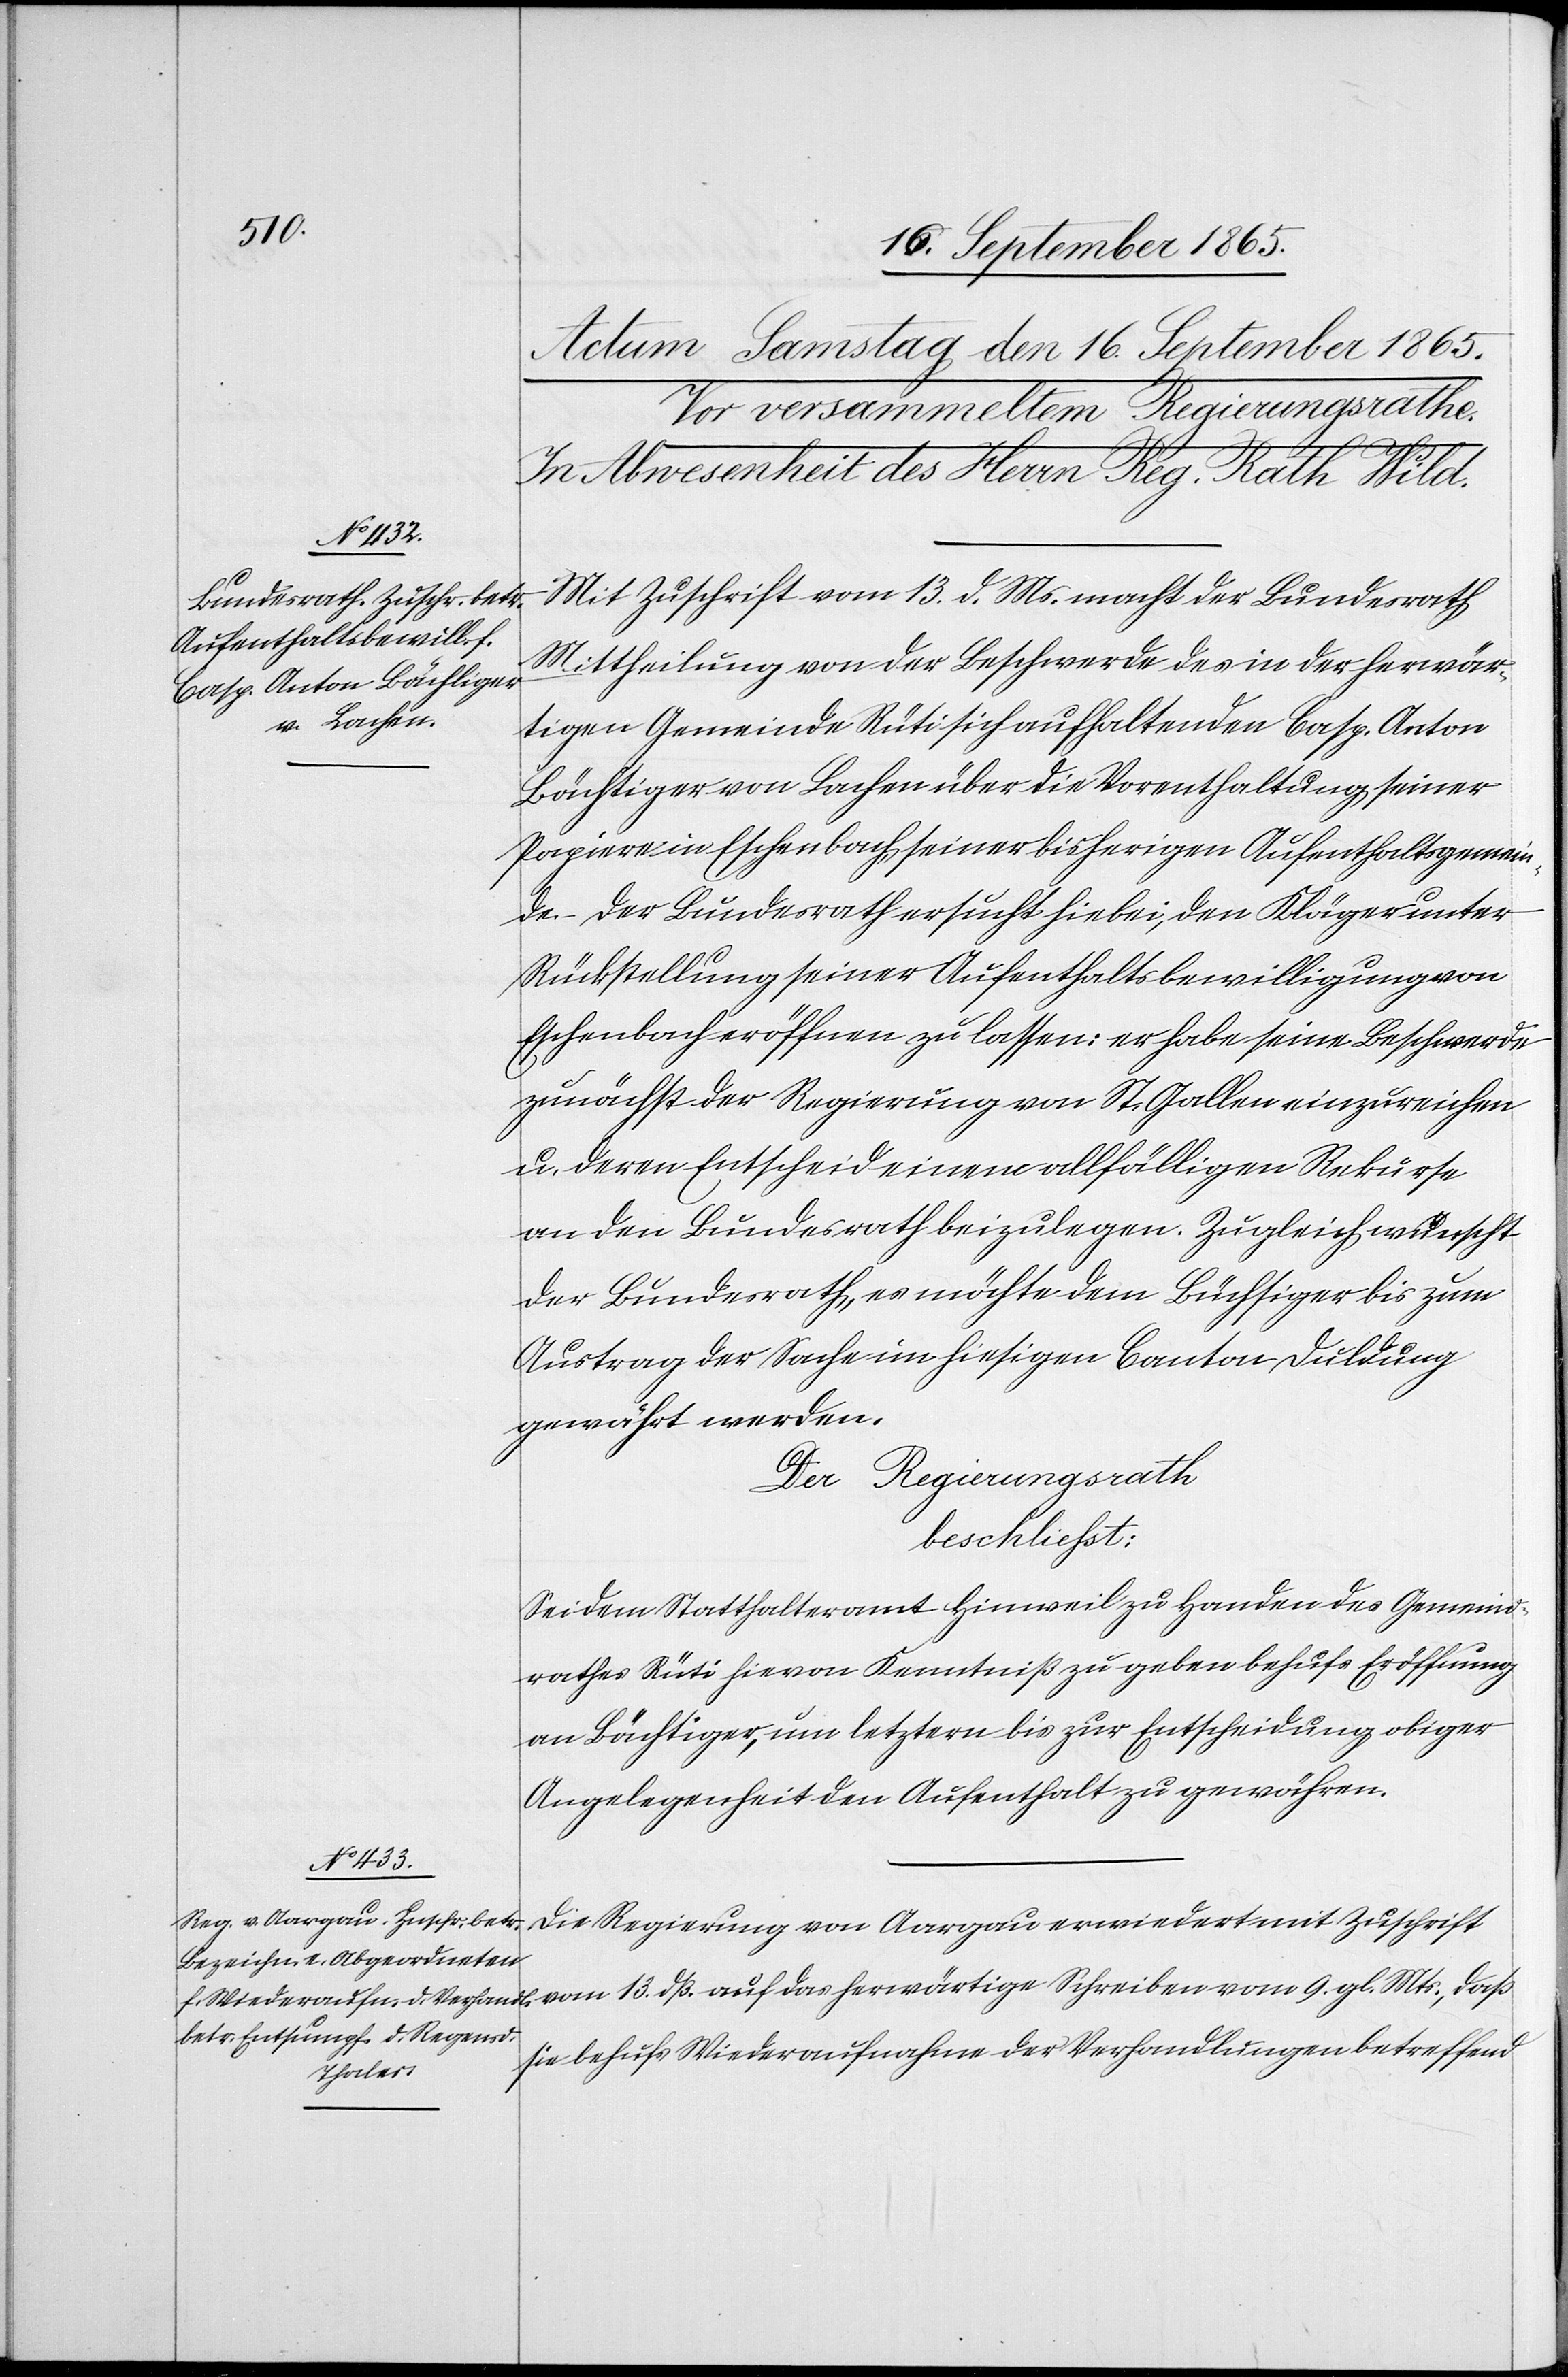
vom 13.
Mit Zuschrift vom 13. d. Ms. macht der Bundesrath
Mittheilung von der Beschwerde des in der herwär¬
tigen Gemeinde Rüti sich aufhaltenden Casp. Anton
Bächtiger [sic!] von Lachen über die Vorenthaltung seiner
Papiere in Eschenbach, seiner bisherigen Aufenthaltsgemein¬
de. Der Bundesrath ersucht hiebei, den Kläger unter
Rückstellung seiner Aufenthaltsbewilligung von
Eschenbach eröffnen zu lassen: er habe seine Beschwerde
zunächst der Regierung von St. Gallen einzureichen
u. deren Entscheid einem allfälligen Rekurse
an den Bundesrath beizulegen. Zugleich wünscht
der Bundesrath, es möchte dem Büchsiger [sic!]
Austrag der Sache im hiesigen Canton Duldung
gewährt werden.
Der Regierungsrath
beschliesst:
Sei dem Statthalteramt Hinweil zu Handen des Gemeind¬
rathes Rüti hievon Kenntniß zu geben behufs Eröffnung
an Bächtiger, um letztern bis zur Entscheidung obiger
Angelegenheit den Aufenthalt zu gewähren.
Die Regierung von Aargau erwiedert mit Zuschrift
sie behufs Wiederaufnahme der Verhandlungen betreffend